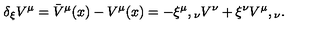
\delta _ { \xi } V ^ { \mu } = { \bar { V } } ^ { \mu } ( x ) - V ^ { \mu } ( x ) = - { \xi ^ { \mu } } , { } _ { \nu } V ^ { \nu } + \xi ^ { \nu } { V ^ { \mu } } , { } _ { \nu } .